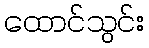
ထောင်သွင်း